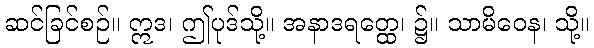
ဆင်ခြင်စဉ်။ ဣဒ၊ ဤပုဒ်သို့။ အနာဒရတ္ထေ၊ ၌။ သာမိဝေန၊ သို့။